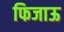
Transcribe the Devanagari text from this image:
फिजाऊ